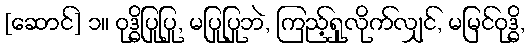
[ဆောင်] ၁။ ဝုဒ္ဓိပြုပြု, မပြုပြုဘဲ, ကြည့်ရှုလိုက်လျှင်, မမြင်ဝုဒ္ဓိ,